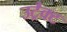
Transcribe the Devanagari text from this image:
उट्रैक्ट